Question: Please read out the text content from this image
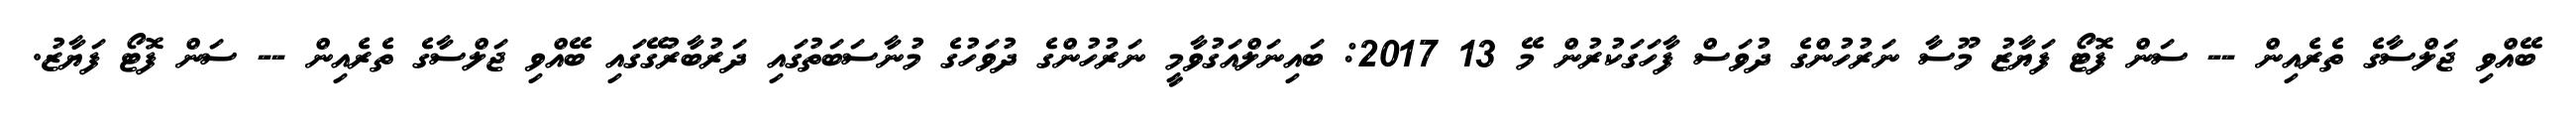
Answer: ބޭއްވި ޖަލްސާގެ ތެރެއިން -- ސަން ފޮޓޯ ފަޔާޒު މޫސާ ނަރުހުންގެ ދުވަސް ފާހަގަކުރުން މޭ 13 2017: ބައިނަލްއަގުވާމީ ނަރުހުންގެ ދުވަހުގެ މުނާސަބަތުގައި ދަރުބާރުގޭގައި ބޭއްވި ޖަލްސާގެ ތެރެއިން -- ސަން ފޮޓޯ ފަޔާޒު.